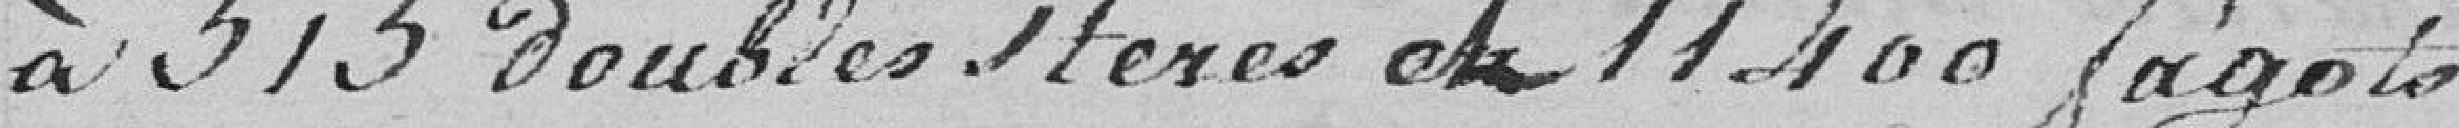
à 515 doubles teres et 11400 fagots